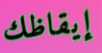
إيقاظك